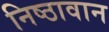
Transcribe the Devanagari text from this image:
निष्‍ठावान